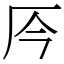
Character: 㕂